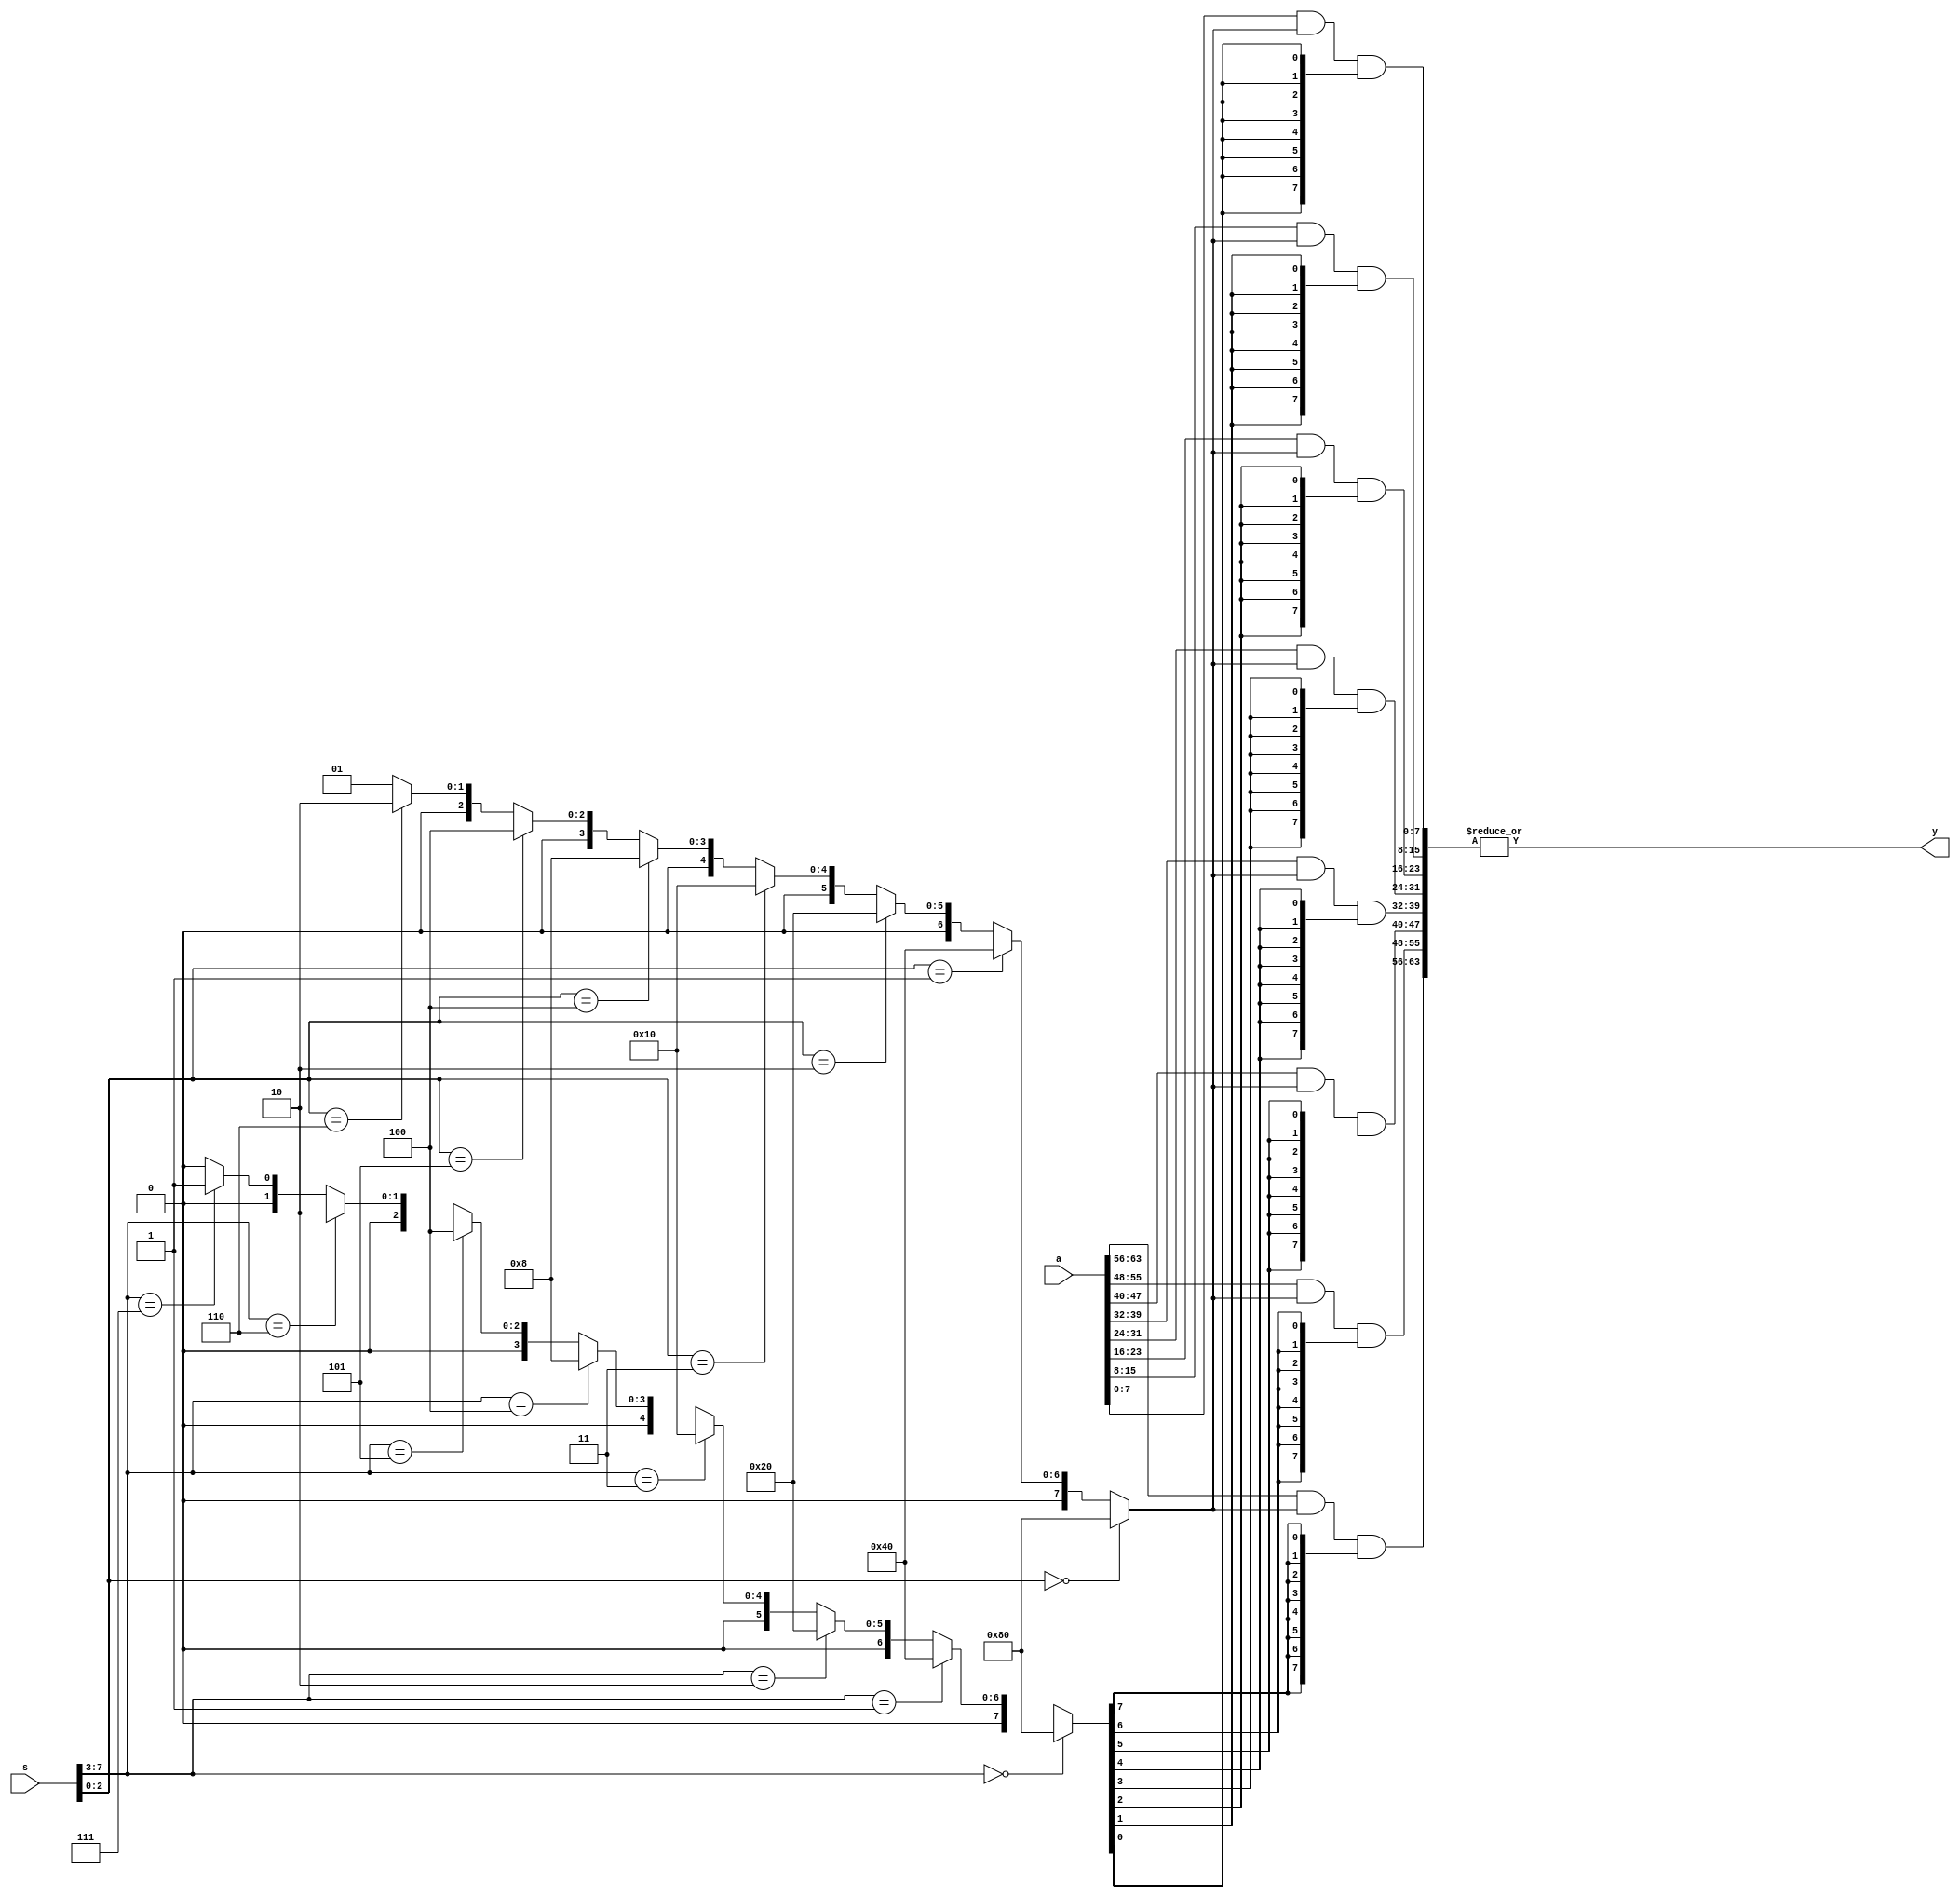
module xu0_bprm(
   a,
   s,
   y
);
// IOs
input [0:63] a;
input [0:7]  s;
output       y;
// Signals
wire [0:7]   mh;
wire [0:7]   ml;
wire [0:63]  a1;
wire [0:63]  a2;

assign mh[0:7] = (s[0:4] == 5'b00000) ? 8'b10000000 :
                 (s[0:4] == 5'b00001) ? 8'b01000000 :
                 (s[0:4] == 5'b00010) ? 8'b00100000 :
                 (s[0:4] == 5'b00011) ? 8'b00010000 :
                 (s[0:4] == 5'b00100) ? 8'b00001000 :
                 (s[0:4] == 5'b00101) ? 8'b00000100 :
                 (s[0:4] == 5'b00110) ? 8'b00000010 :
                 (s[0:4] == 5'b00111) ? 8'b00000001 :
                                        8'b00000000 ;

assign ml[0:7] = (s[5:7] == 3'b000) ? 8'b10000000 :
                 (s[5:7] == 3'b001) ? 8'b01000000 :
                 (s[5:7] == 3'b010) ? 8'b00100000 :
                 (s[5:7] == 3'b011) ? 8'b00010000 :
                 (s[5:7] == 3'b100) ? 8'b00001000 :
                 (s[5:7] == 3'b101) ? 8'b00000100 :
                 (s[5:7] == 3'b110) ? 8'b00000010 :
                                      8'b00000001;

genvar i;
generate for (i=0; i<=7; i=i+1)
   begin : msk
      assign a1[8*i:8*i+7] =  a[8*i:8*i+7] & ml[0:7];
      assign a2[8*i:8*i+7] = a1[8*i:8*i+7] & {8{mh[i]}};
   end
endgenerate

assign y = |a2;

endmodule